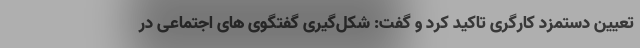
تعیین دستمزد کارگری تاکید کرد و گفت: شکل‌گیری گفتگوی های اجتماعی در